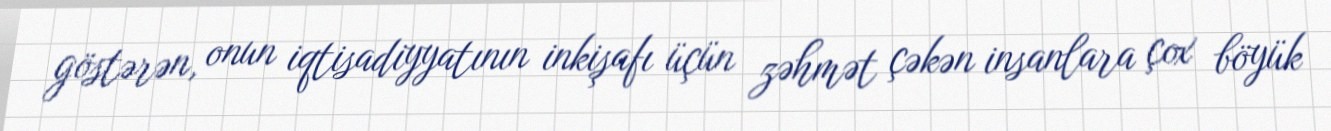
göstərən, onun iqtisadiyyatının inkişafı üçün zəhmət çəkən insanlara çox böyük